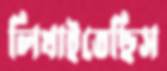
লিখাইতেছিস